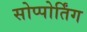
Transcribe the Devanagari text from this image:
सोप्पोर्तिंग